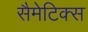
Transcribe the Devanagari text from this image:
सैमेटिक्स